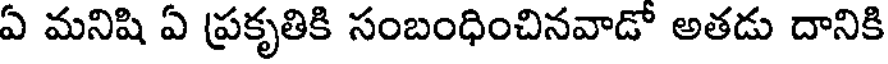
ఏ మనిషి ఏ ప్రకృతికి సంబంధించినవాడో అతడు దానికి